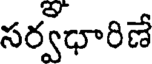
సర్వధారిణే